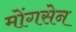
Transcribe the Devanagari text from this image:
मोंगसेन